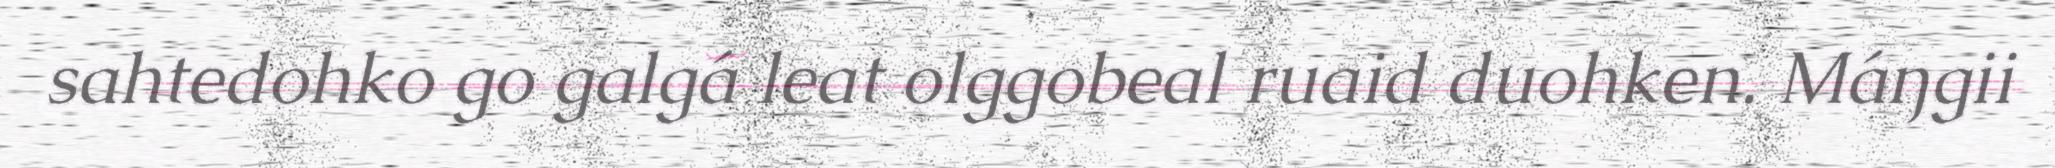
sahtedohko go galgá leat olggobeal ruaid duohken. Máŋgii